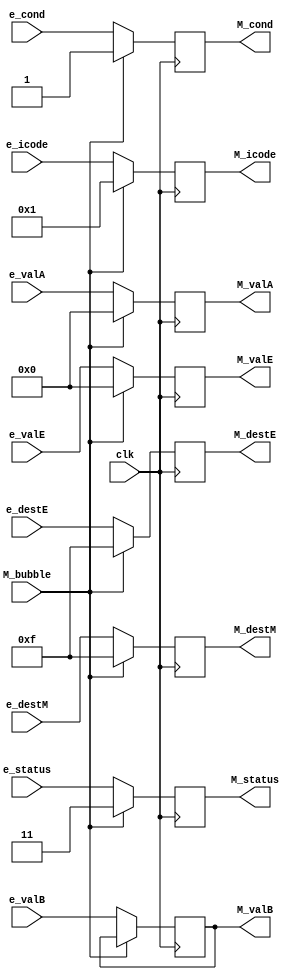
module memory_reg(
    input clk,
    input [1:0] e_status,
    input [3:0] e_icode,
    input e_cond,
    input  signed  [63:0] e_valE,
    input   signed [63:0] e_valA,
    input  signed  [63:0] e_valB,
    input [3:0] e_destE,
    input [3:0] e_destM,
    input M_bubble,
    
    output reg [1:0] M_status,
    output reg [3:0] M_icode,
    output reg M_cond,
    output reg signed   [63:0] M_valA,
    output reg  signed  [63:0] M_valB,
    output reg signed   [63:0] M_valE,
    output reg [3:0] M_destE,
    output reg [3:0] M_destM

);

  always@(posedge clk)
  begin
    if(M_bubble)
    begin
      M_status <= 2'd3;
      M_icode <= 4'b001;
      M_cond <= 1;
      M_valE <= 0;
      M_valA <= 0;
      M_destE <= 4'b1111;
      M_destM <= 4'b1111;
    end
    else
    begin
      M_status <= e_status;
      M_icode <= e_icode;
      M_cond <= e_cond;
      M_valE <= e_valE;
      M_valA <= e_valA;
  // $display("memory errorkhhhhhhhhhhhhhhhhhhhhhhhhhhhhhhhhhhhhhhhhhhhhhhhhhhhhhhhhhhhhhhhhhhhhhhhhhhhhhhhhhhhhh=%d",M_valA);
      M_valB <= e_valB;
      M_destE <= e_destE;
      M_destM <= e_destM;
    end
  end
endmodule